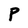
Character: P